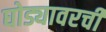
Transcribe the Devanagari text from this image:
घोड्यावरची